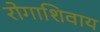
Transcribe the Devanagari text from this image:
रोगाशिवाय